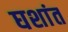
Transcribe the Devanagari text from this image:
घशांत